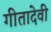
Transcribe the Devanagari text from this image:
गीतादेवी